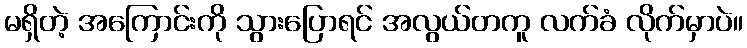
မရှိတဲ့ အကြောင်းကို သွားပြောရင် အလွယ်တကူ လက်ခံ လိုက်မှာပဲ။